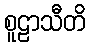
စူဠာသီတိ